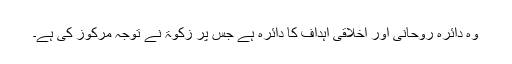
وہ دائرہ روحانی اور اخلاقی اہداف کا دائرہ ہے جس پر زکوٰۃ نے توجہ مرکوز کی ہے۔